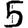
Digit: 5